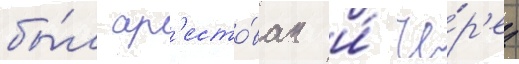
бы́л ар'есто́ван и́ че́р'ез